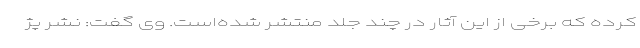
کرده که برخی از این آثار در چند جلد منتشر شده‌است. وی گفت: نشر پژ